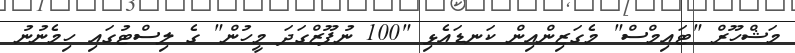
މަޝްހޫރް "ޓައިމްސް" މެގަޒިންއިން ކަނޑައެޅި "100 ނުފޫޒްގަދަ މީހުން" ގެ ލިސްޓުގައި ހިމެނުނު